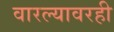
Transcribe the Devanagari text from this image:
वारल्यावरही